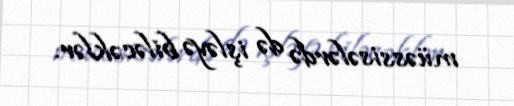
müəssisələrdə də işləyə biləcəklər.